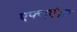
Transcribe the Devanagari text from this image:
एफ्लुएंज़ा